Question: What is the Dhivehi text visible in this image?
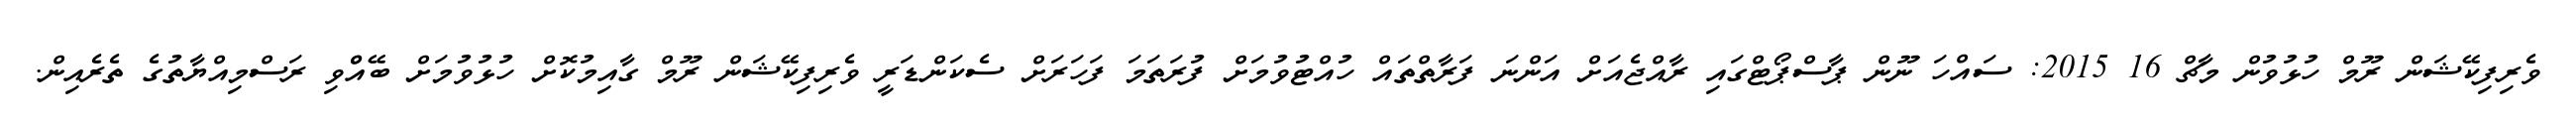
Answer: ވެރިފިކޭޝަން ރޫމް ހުޅުވުން މާޗް 16 2015: ސައްހަ ނޫން ޕާސްޕޯޓްގައި ރާއްޖެއަށް އަންނަ ފަރާތްތައް ހުއްޓުވުމަށް ފުރަތަމަ ފަހަރަށް ސެކަންޑަރީ ވެރިފިކޭޝަން ރޫމް ގާއިމުކޮށް ހުޅުވުމަށް ބޭއްްވި ރަސްމިއްޔާތުގެ ތެރެއިން.